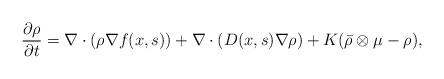
LaTeX: \begin{align*} \frac{\partial \rho}{\partial t} = \nabla \cdot(\rho \nabla f(x, s)) + \nabla \cdot ( D(x,s) \nabla \rho) + K (\bar{\rho}\otimes \mu - \rho ),\end{align*}